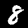
Digit: 8